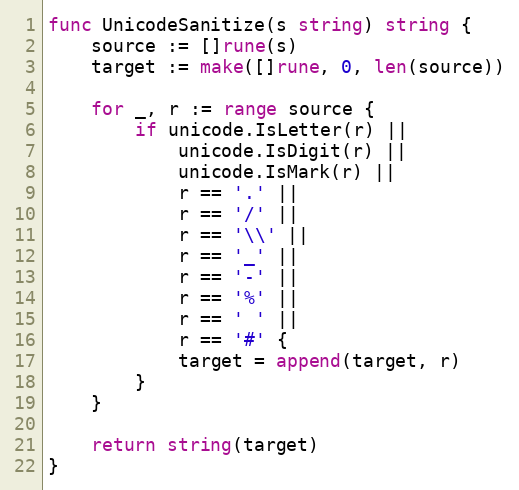
Language: Go
func UnicodeSanitize(s string) string {
	source := []rune(s)
	target := make([]rune, 0, len(source))

	for _, r := range source {
		if unicode.IsLetter(r) ||
			unicode.IsDigit(r) ||
			unicode.IsMark(r) ||
			r == '.' ||
			r == '/' ||
			r == '\\' ||
			r == '_' ||
			r == '-' ||
			r == '%' ||
			r == ' ' ||
			r == '#' {
			target = append(target, r)
		}
	}

	return string(target)
}